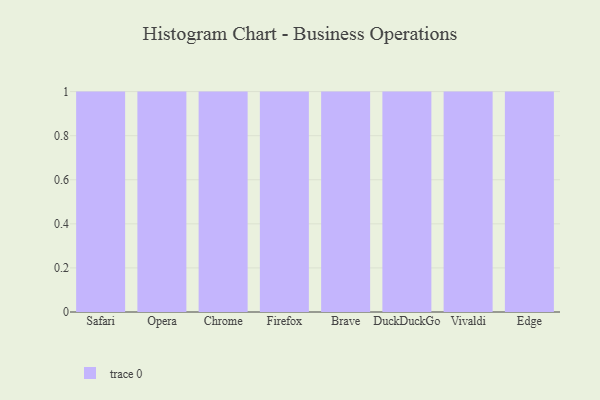
{"axis": {"x": "Browser", "y": "Population (Million)"}, "legend": [""], "data": [{"x": "Safari", "y": 54, "type": ""}, {"x": "Opera", "y": 56, "type": ""}, {"x": "Chrome", "y": 30, "type": ""}, {"x": "Firefox", "y": 26, "type": ""}, {"x": "Brave", "y": 13, "type": ""}, {"x": "DuckDuckGo", "y": 24, "type": ""}, {"x": "Vivaldi", "y": 10, "type": ""}, {"x": "Edge", "y": 67, "type": ""}]}